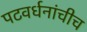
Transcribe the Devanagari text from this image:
पटवर्धनांचीच